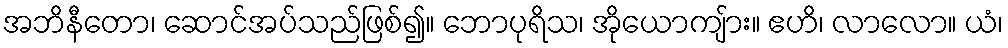
အဘိနီတော၊ ဆောင်အပ်သည်ဖြစ်၍။ ဘောပုရိသ၊ အိုယောကျ်ား။ ဧဟိ၊ လာလော။ ယံ၊